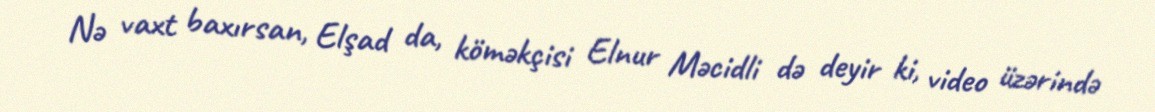
Nə vaxt baxırsan, Elşad da, köməkçisi Elnur Məcidli də deyir ki, video üzərində